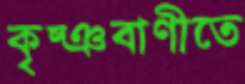
কৃষ্ঞবাণীতে